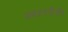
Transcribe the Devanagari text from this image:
बसदलतीऔर